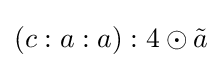
(c:a:a):4\odot {\tilde {a}}